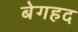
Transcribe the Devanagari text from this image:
बेगहद